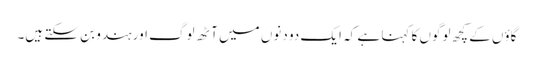
گاؤں کے کچھ لوگوں کا کہنا ہے کہ ایک دو دنوں میں آٹھ لوگ اور ہندو بن سکتے ہیں۔